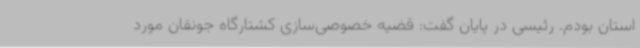
استان بودم. رئیسی در پایان گفت: قضیه خصوصی‌سازی کشتارگاه جونقان مورد